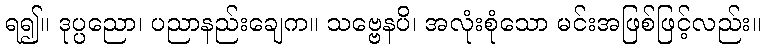
ရ၍။ ဒုပ္ပညော၊ ပညာနည်းချေက။ သဗ္ဗေနပိ၊ အလုံးစုံသော မင်းအဖြစ်ဖြင့်လည်း။